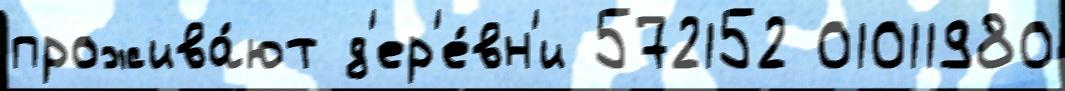
прожива́ют д'ер'е́вн'и 572152 01011980